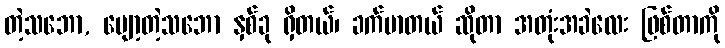
တဲ့သဘော, ပျော့တဲ့သဘော နှစ်ခု ရှိတယ်၊ ခက်မာတယ် ဆိုတာ အတုံးအခဲလေး ဖြစ်တာကို